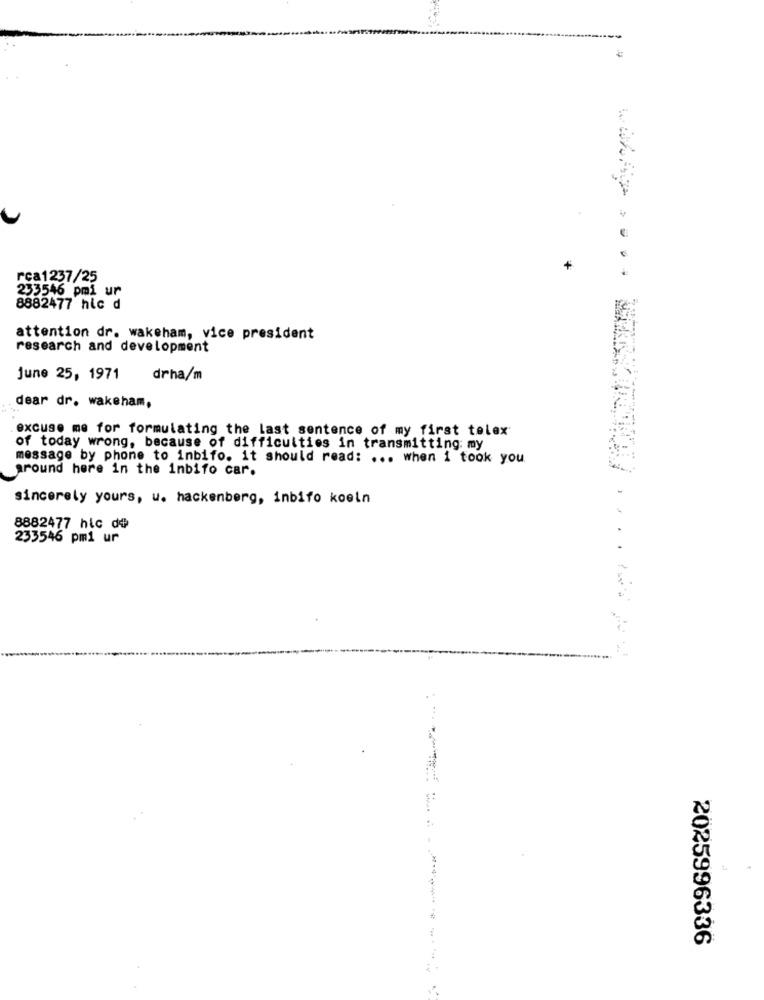
rca1237/25
253546 pmi ur
8882477 hic d
attention dr. wakeham, vice president
research and development
june 25, 1971
drha/m
dear dr. wakeham,
excuse me for formulating the last sentence of my first telex
of today wrong, because of difficulties in transmitting: my
message by phone to inbifo. it should read: ... when i took you
ground here in the inbifo car.
sincerely yours, u. hackenberg, inbifo koeln
8882477 hic dû
233546 pm1 ur
1.
2025996336